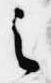
之